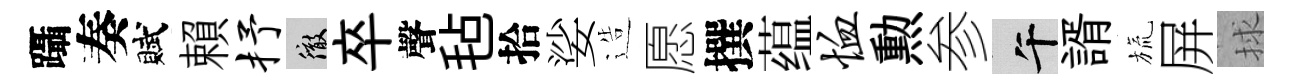
躡奏賦賴抒徹卒聲毡拾娑造愿撰蕴恤勲参午諝旒屏捄